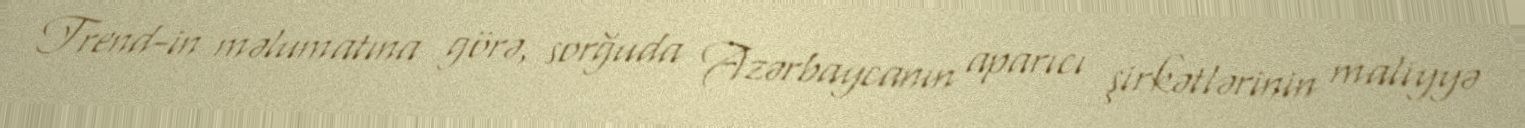
Trend-in məlumatına görə, sorğuda Azərbaycanın aparıcı şirkətlərinin maliyyə